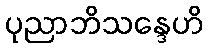
ပုညာဘိသန္ဒေဟိ